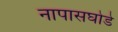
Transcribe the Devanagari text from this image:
नापासघोडे